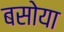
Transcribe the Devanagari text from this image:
बसोया